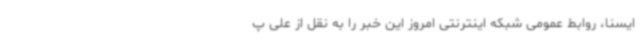
ایسنا، روابط عمومی شبکه اینترنتی امروز این خبر را به نقل از علی پ